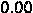
0.00